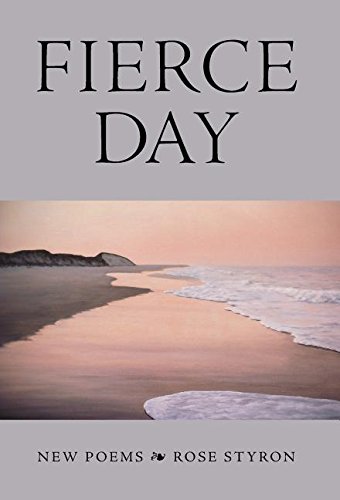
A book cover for Fierce Day; Rose Styron; Literature & Fiction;